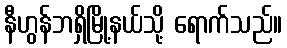
နီဟွန်ဘရှိမြို့နယ်သို့ ရောက်သည်။